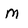
Character: M